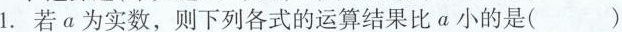
1.若α为实数，则下列各式的运算结果比α小的是()